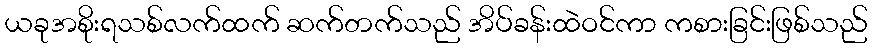
ယခုအစိုးရသစ်လက်ထက် ဆက်တက်သည် အိပ်ခန်းထဲဝင်ကာ ကစားခြင်းဖြစ်သည်